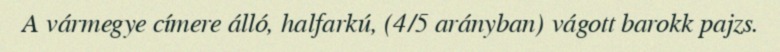
A vármegye címere álló, halfarkú, (4/5 arányban) vágott barokk pajzs.